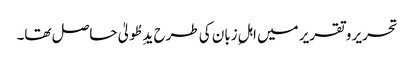
تحریر و تقریر میں اہلِ زبان کی طرح یدِ طُولیٰ حاصل تھا۔